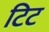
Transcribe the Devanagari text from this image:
टिट